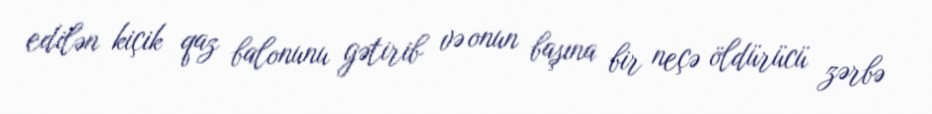
edilən kiçik qaz balonunu gətirib və onun başına bir neçə öldürücü zərbə